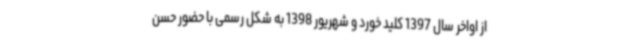
از اواخر سال 1397 کلید خورد و شهریور 1398 به شکل رسمی با حضور حسن